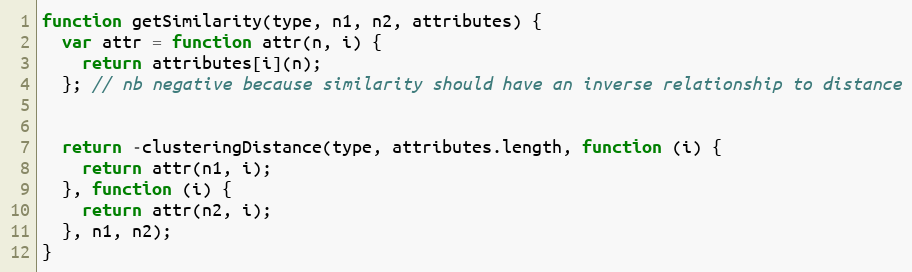
Language: JavaScript
function getSimilarity(type, n1, n2, attributes) {
  var attr = function attr(n, i) {
    return attributes[i](n);
  }; // nb negative because similarity should have an inverse relationship to distance

  return -clusteringDistance(type, attributes.length, function (i) {
    return attr(n1, i);
  }, function (i) {
    return attr(n2, i);
  }, n1, n2);
}